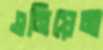
এনিয়েমা